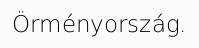
Örményország.